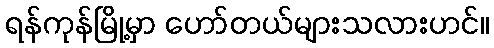
ရန်ကုန်မြို့မှာ ဟော်တယ်များသလားဟင်။